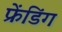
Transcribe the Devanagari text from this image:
फ्रेंडिंग